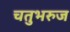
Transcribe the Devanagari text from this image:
चतुभरुज